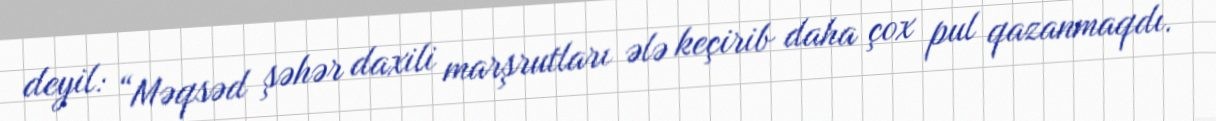
deyil: “Məqsəd şəhər daxili marşrutları ələ keçirib daha çox pul qazanmaqdı.